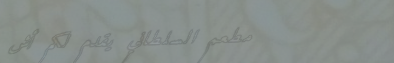
مطعم السلطاني يقدم لكم أش